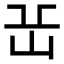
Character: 𡵽